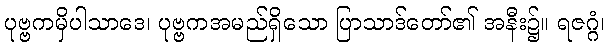
ပုဗ္ဗကမှိပါသာဒေ၊ ပုဗ္ဗကအမည်ရှိသော ပြာသာဒ်တော်၏ အနီး၌။ ရဇဂ္ဂံ၊